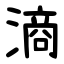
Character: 滳